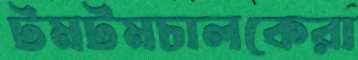
টমটমচালকেরা